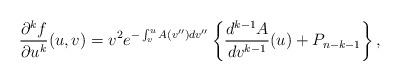
LaTeX: \begin{align*} \frac{\partial^kf}{\partial u^k}(u,v)=v^2e^{-\int_v^uA(v'')dv''}\left\{\frac{d^{k-1}A}{dv^{k-1}}(u)+P_{n-k-1}\right\},\end{align*}